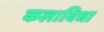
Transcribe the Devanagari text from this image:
कलाविधा